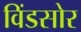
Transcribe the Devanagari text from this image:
विंडसोर